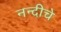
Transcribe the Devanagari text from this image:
नन्दीचे